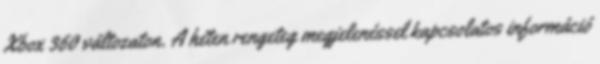
Xbox 360 változaton. A héten rengeteg megjelenéssel kapcsolatos információ